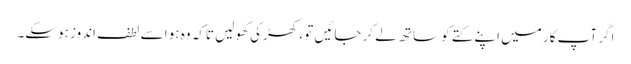
اگر آپ کار میں اپنے کتے کو ساتھ لے کر جائیں تو ، کھڑکی کھولیں تاکہ وہ ہوا سے لطف اندوز ہوسکے۔